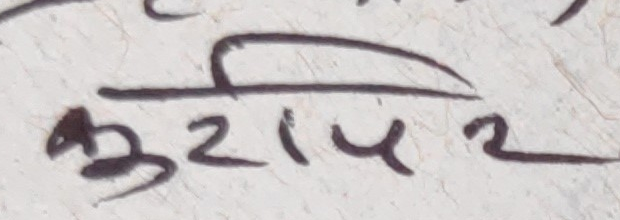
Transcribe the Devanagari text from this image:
कुटापिर